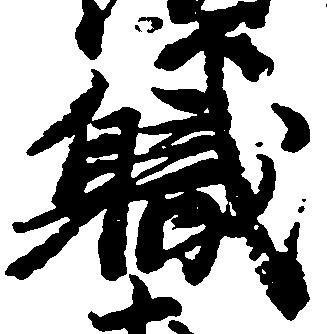
職